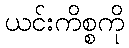
ယင်းကိစ္စကို